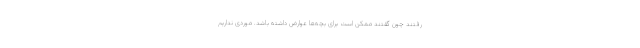
رفتند چون گفتند ممکن است برای بچه‌ها عوارض داشته باشد. موردی نداریم